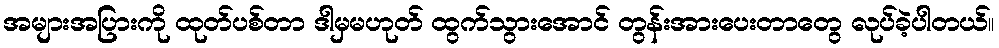
အများအပြားကို ထုတ်ပစ်တာ ဒါမှမဟုတ် ထွက်သွားအောင် တွန်းအားပေးတာတွေ လုပ်ခဲ့ပါတယ်။